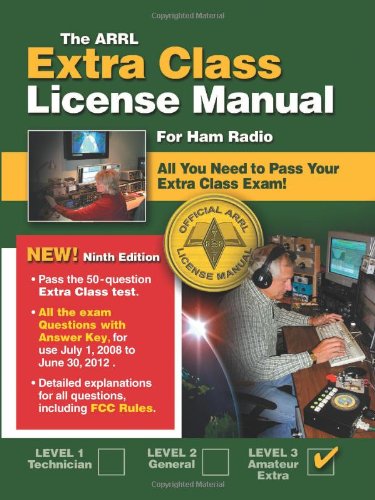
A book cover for The ARRL Extra Class License Manual: For Ham Radio (Arrl Extra Class License Manual for the Radio Amateur); Ward Silver; Humor & Entertainment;